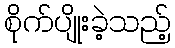
စိုက်ပျိုးခဲ့သည့်